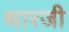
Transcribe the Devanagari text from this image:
थारजी